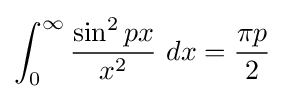
\int _{0}^{\infty }{\frac {\sin ^{2}px}{x^{2}}}\ dx={\frac {\pi p}{2}}